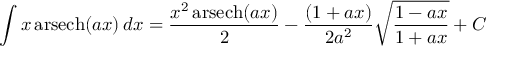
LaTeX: \int x \operatorname { a r s e c h } ( a x ) \, d x = { \frac { x ^ { 2 } \operatorname { a r s e c h } ( a x ) } { 2 } } - { \frac { ( 1 + a x ) } { 2 a ^ { 2 } } } { \sqrt { \frac { 1 - a x } { 1 + a x } } } + C